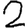
Digit: 2